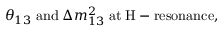
\theta _ { 1 3 } \; \mathrm { a n d } \; \Delta m _ { 1 3 } ^ { 2 } \; \mathrm { a t \; H - r e s o n a n c e } ,